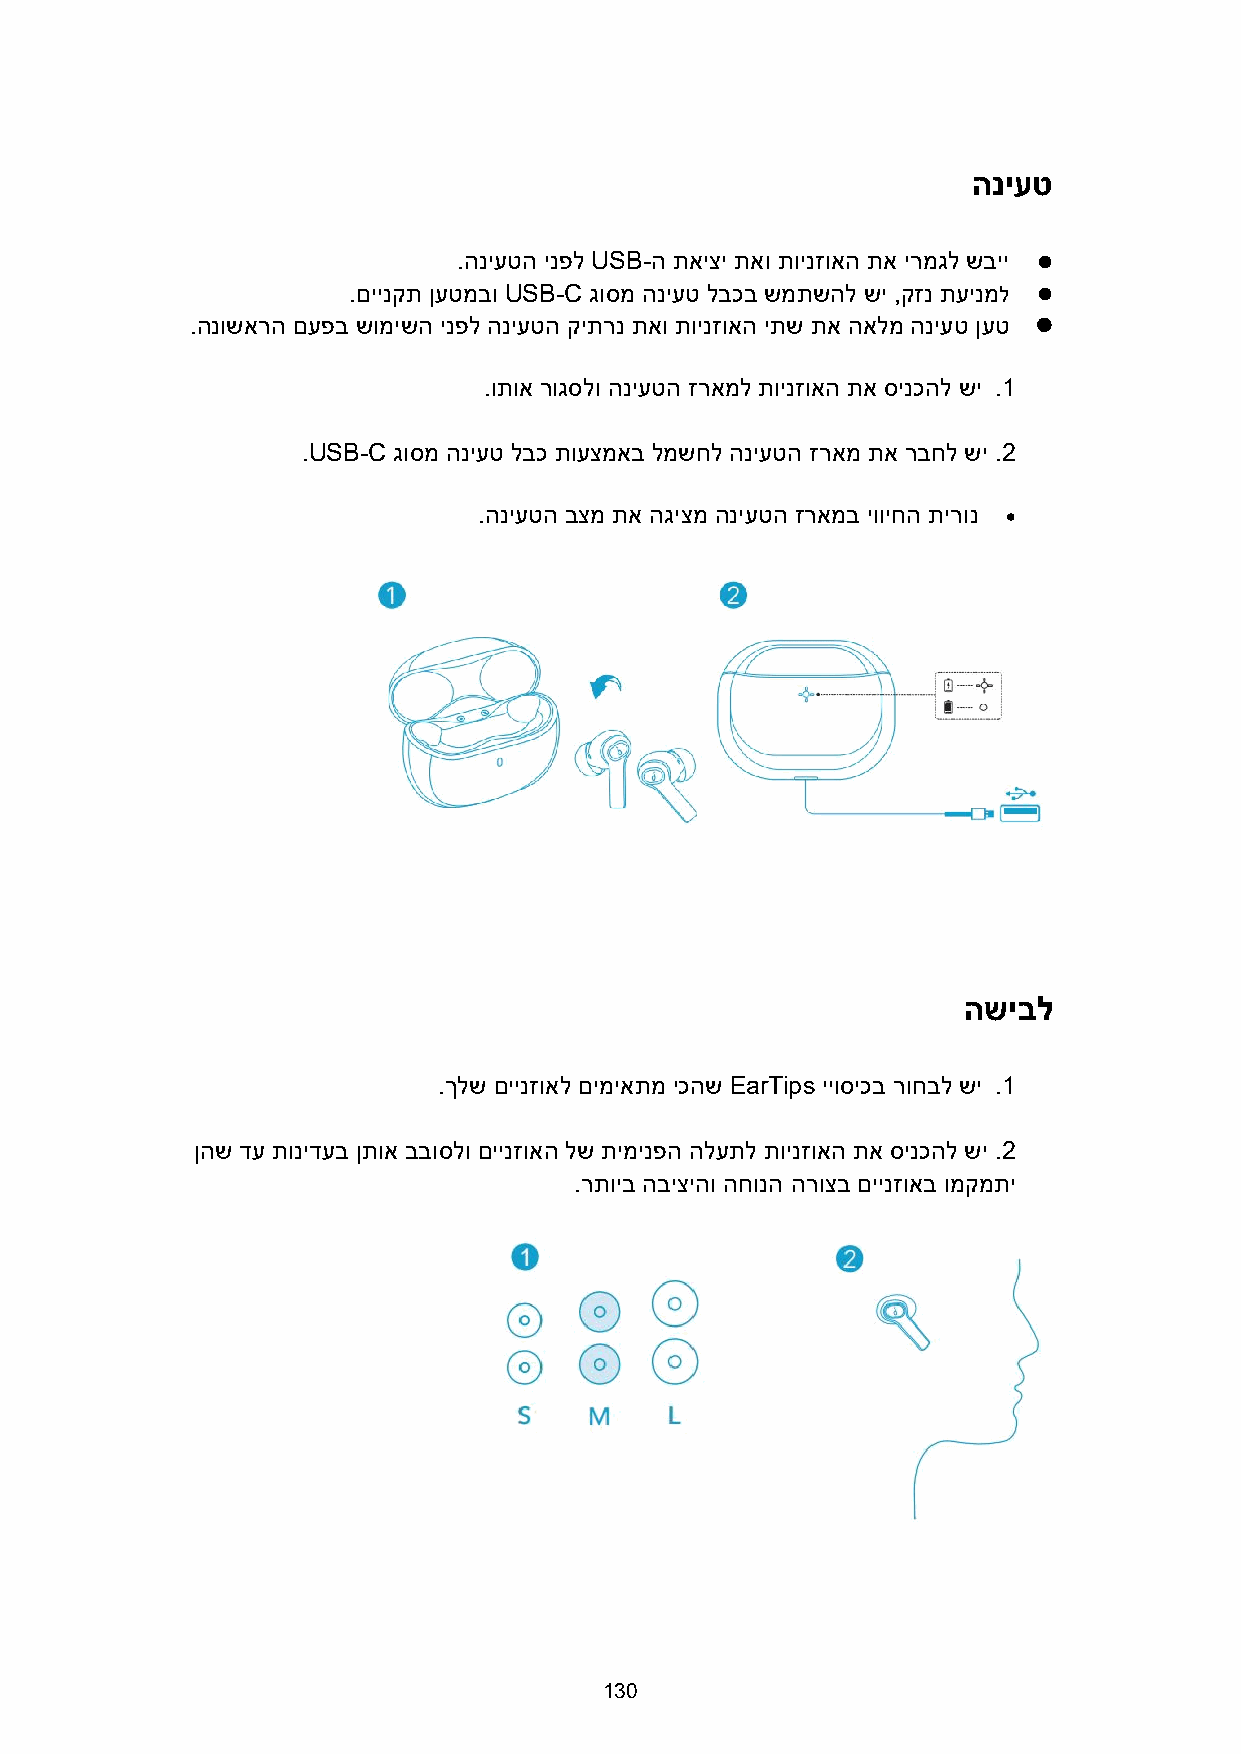
הניעט
 .הניעטה ינפל USB-ה תאיצי תאו תוינזואה תא ירמגל שביי 
 .םיינקת ןעטמבו USB-C גוסמ הניעט לבכב שמתשהל שי ,קזנ תעינמל 
 .הנושארה םעפב שומישה ינפל הניעטה קיתרנ תאו תוינזואה יתש תא האלמ הניעט ןעט 
 .ותוא רוגסלו הניעטה זראמל תוינזואה תא סינכהל שי .1
 .USB-C גוסמ הניעט לבכ תועצמאב למשחל הניעטה זראמ תא רבחל שי .2
 .הניעטה בצמ תא הגיצמ הניעטה זראמב יוויחה תירונ 
 השיבל
 .ךלש םיינזואל םימיאתמ יכהש EarTips ייוסיכב רוחבל שי .1
 ןהש דע תונידעב ןתוא בבוסלו םיינזואה לש תימינפה הלעתל תוינזואה תא סינכהל שי .2
 .רתויב הביציהו החונה הרוצב םיינזואב ומקמתי
 130